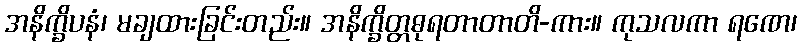
အနိက္ခိပနံ၊ မချထားခြင်းတည်း။ အနိက္ခိတ္တဓုရတာတာတိ-ကား။ ကုသလကာ ရဏေ၊